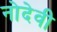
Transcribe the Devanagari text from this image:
नोदेवी